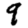
Digit: 9